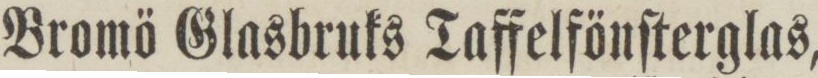
Bromö Glasbruks Taffelfönſterglas,